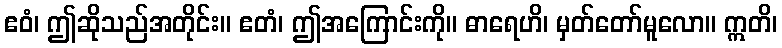
ဧဝံ၊ ဤဆိုသည်အတိုင်း။ ဧတံ၊ ဤအကြောင်းကို။ ဓာရေဟိ၊ မှတ်တော်မူလော။ ဣတိ၊